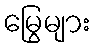
မြွေများ